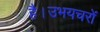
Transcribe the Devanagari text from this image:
है।उभयचरों